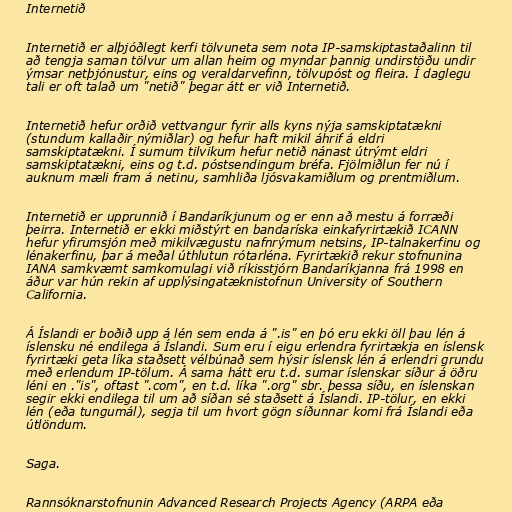
Internetið

Internetið er alþjóðlegt kerfi tölvuneta sem nota IP-samskiptastaðalinn til
að tengja saman tölvur um allan heim og myndar þannig undirstöðu undir
ýmsar netþjónustur, eins og veraldarvefinn, tölvupóst og fleira. Í daglegu
tali er oft talað um "netið" þegar átt er við Internetið.

Internetið hefur orðið vettvangur fyrir alls kyns nýja samskiptatækni
(stundum kallaðir nýmiðlar) og hefur haft mikil áhrif á eldri
samskiptatækni. Í sumum tilvikum hefur netið nánast útrýmt eldri
samskiptatækni, eins og t.d. póstsendingum bréfa. Fjölmiðlun fer nú í
auknum mæli fram á netinu, samhliða ljósvakamiðlum og prentmiðlum.

Internetið er upprunnið í Bandaríkjunum og er enn að mestu á forræði
þeirra. Internetið er ekki miðstýrt en bandaríska einkafyrirtækið ICANN
hefur yfirumsjón með mikilvægustu nafnrýmum netsins, IP-talnakerfinu og
lénakerfinu, þar á meðal úthlutun rótarléna. Fyrirtækið rekur stofnunina
IANA samkvæmt samkomulagi við ríkisstjórn Bandaríkjanna frá 1998 en
áður var hún rekin af upplýsingatæknistofnun University of Southern
California.

Á Íslandi er boðið upp á lén sem enda á ".is" en þó eru ekki öll þau lén á
íslensku né endilega á Íslandi. Sum eru í eigu erlendra fyrirtækja en íslensk
fyrirtæki geta líka staðsett vélbúnað sem hýsir íslensk lén á erlendri grundu
með erlendum IP-tölum. Á sama hátt eru t.d. sumar íslenskar síður á öðru
léni en ."is", oftast ".com", en t.d. líka ".org" sbr. þessa síðu, en íslenskan
segir ekki endilega til um að síðan sé staðsett á Íslandi. IP-tölur, en ekki
lén (eða tungumál), segja til um hvort gögn síðunnar komi frá Íslandi eða
útlöndum.

Saga.

Rannsóknarstofnunin Advanced Research Projects Agency (ARPA eða